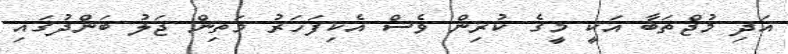
އަދި މުޖްތަބާ އަކީ މީގެ ކުރިން ވެސް އެކިފަހަރު މަތިން ޖަލު ބަންދުގައި